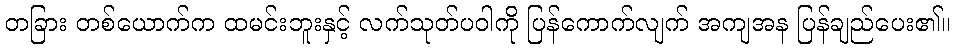
တခြား တစ်ယောက်က ထမင်းဘူးနှင့် လက်သုတ်ပဝါကို ပြန်ကောက်လျက် အကျအန ပြန်ချည်ပေး၏။